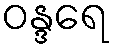
ဝန္ဒရေ